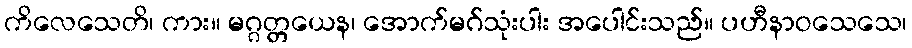
ကိလေသေတိ၊ ကား။ မဂ္ဂတ္တယေန၊ အောက်မဂ်သုံးပါး အပေါင်းသည်။ ပဟီနာဝသေသေ၊